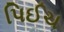
પિઈચ